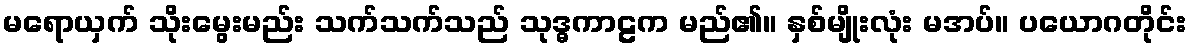
မရောယှက် သိုးမွေးမည်း သက်သက်သည် သုဒ္ဓကာဠက မည်၏။ နှစ်မျိုးလုံး မအပ်။ ပယောဂတိုင်း